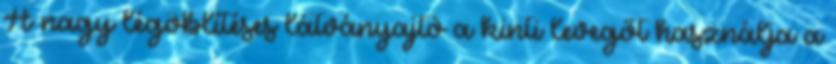
A nagy légöblítéses látványajtó a kinti levegőt használja a